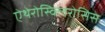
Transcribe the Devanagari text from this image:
ऐथेरोस्क्लिरोसिस